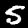
Label: 5